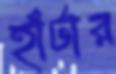
হাঁটার